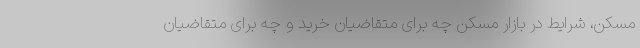
مسکن، شرایط در بازار مسکن چه برای متقاضیان خرید و چه برای متقاضیان